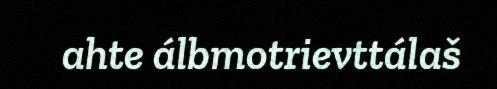
ahte álbmotrievttálaš